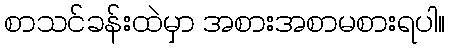
စာသင်ခန်းထဲမှာ အစားအစာမစားရပါ။